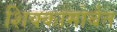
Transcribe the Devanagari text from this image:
शिक्कामोर्बत